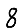
Digit: 8